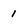
Character: 1